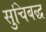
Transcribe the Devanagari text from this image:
सुचिबद्ध